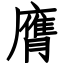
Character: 膺